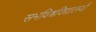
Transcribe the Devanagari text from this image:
समविश्वविद्यालयों